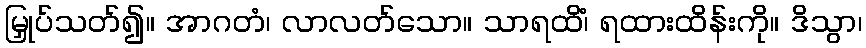
မြှုပ်သတ်၍။ အာဂတံ၊ လာလတ်သော။ သာရထိံ၊ ရထားထိန်းကို။ ဒိသွာ၊